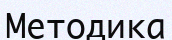
Методика